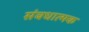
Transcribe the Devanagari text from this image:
संबधात्मक